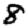
Digit: 8